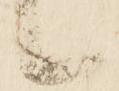
候